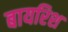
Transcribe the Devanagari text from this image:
बायरिश